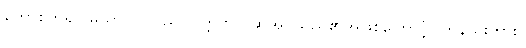
တောစဟူ၍။ မယာ၊ ငါသည်။ ဝုတ္တတ္တာ၊ ဆိုအပ်သည်၏အဖြစ်ကြောင့်။ တနည်းကား။